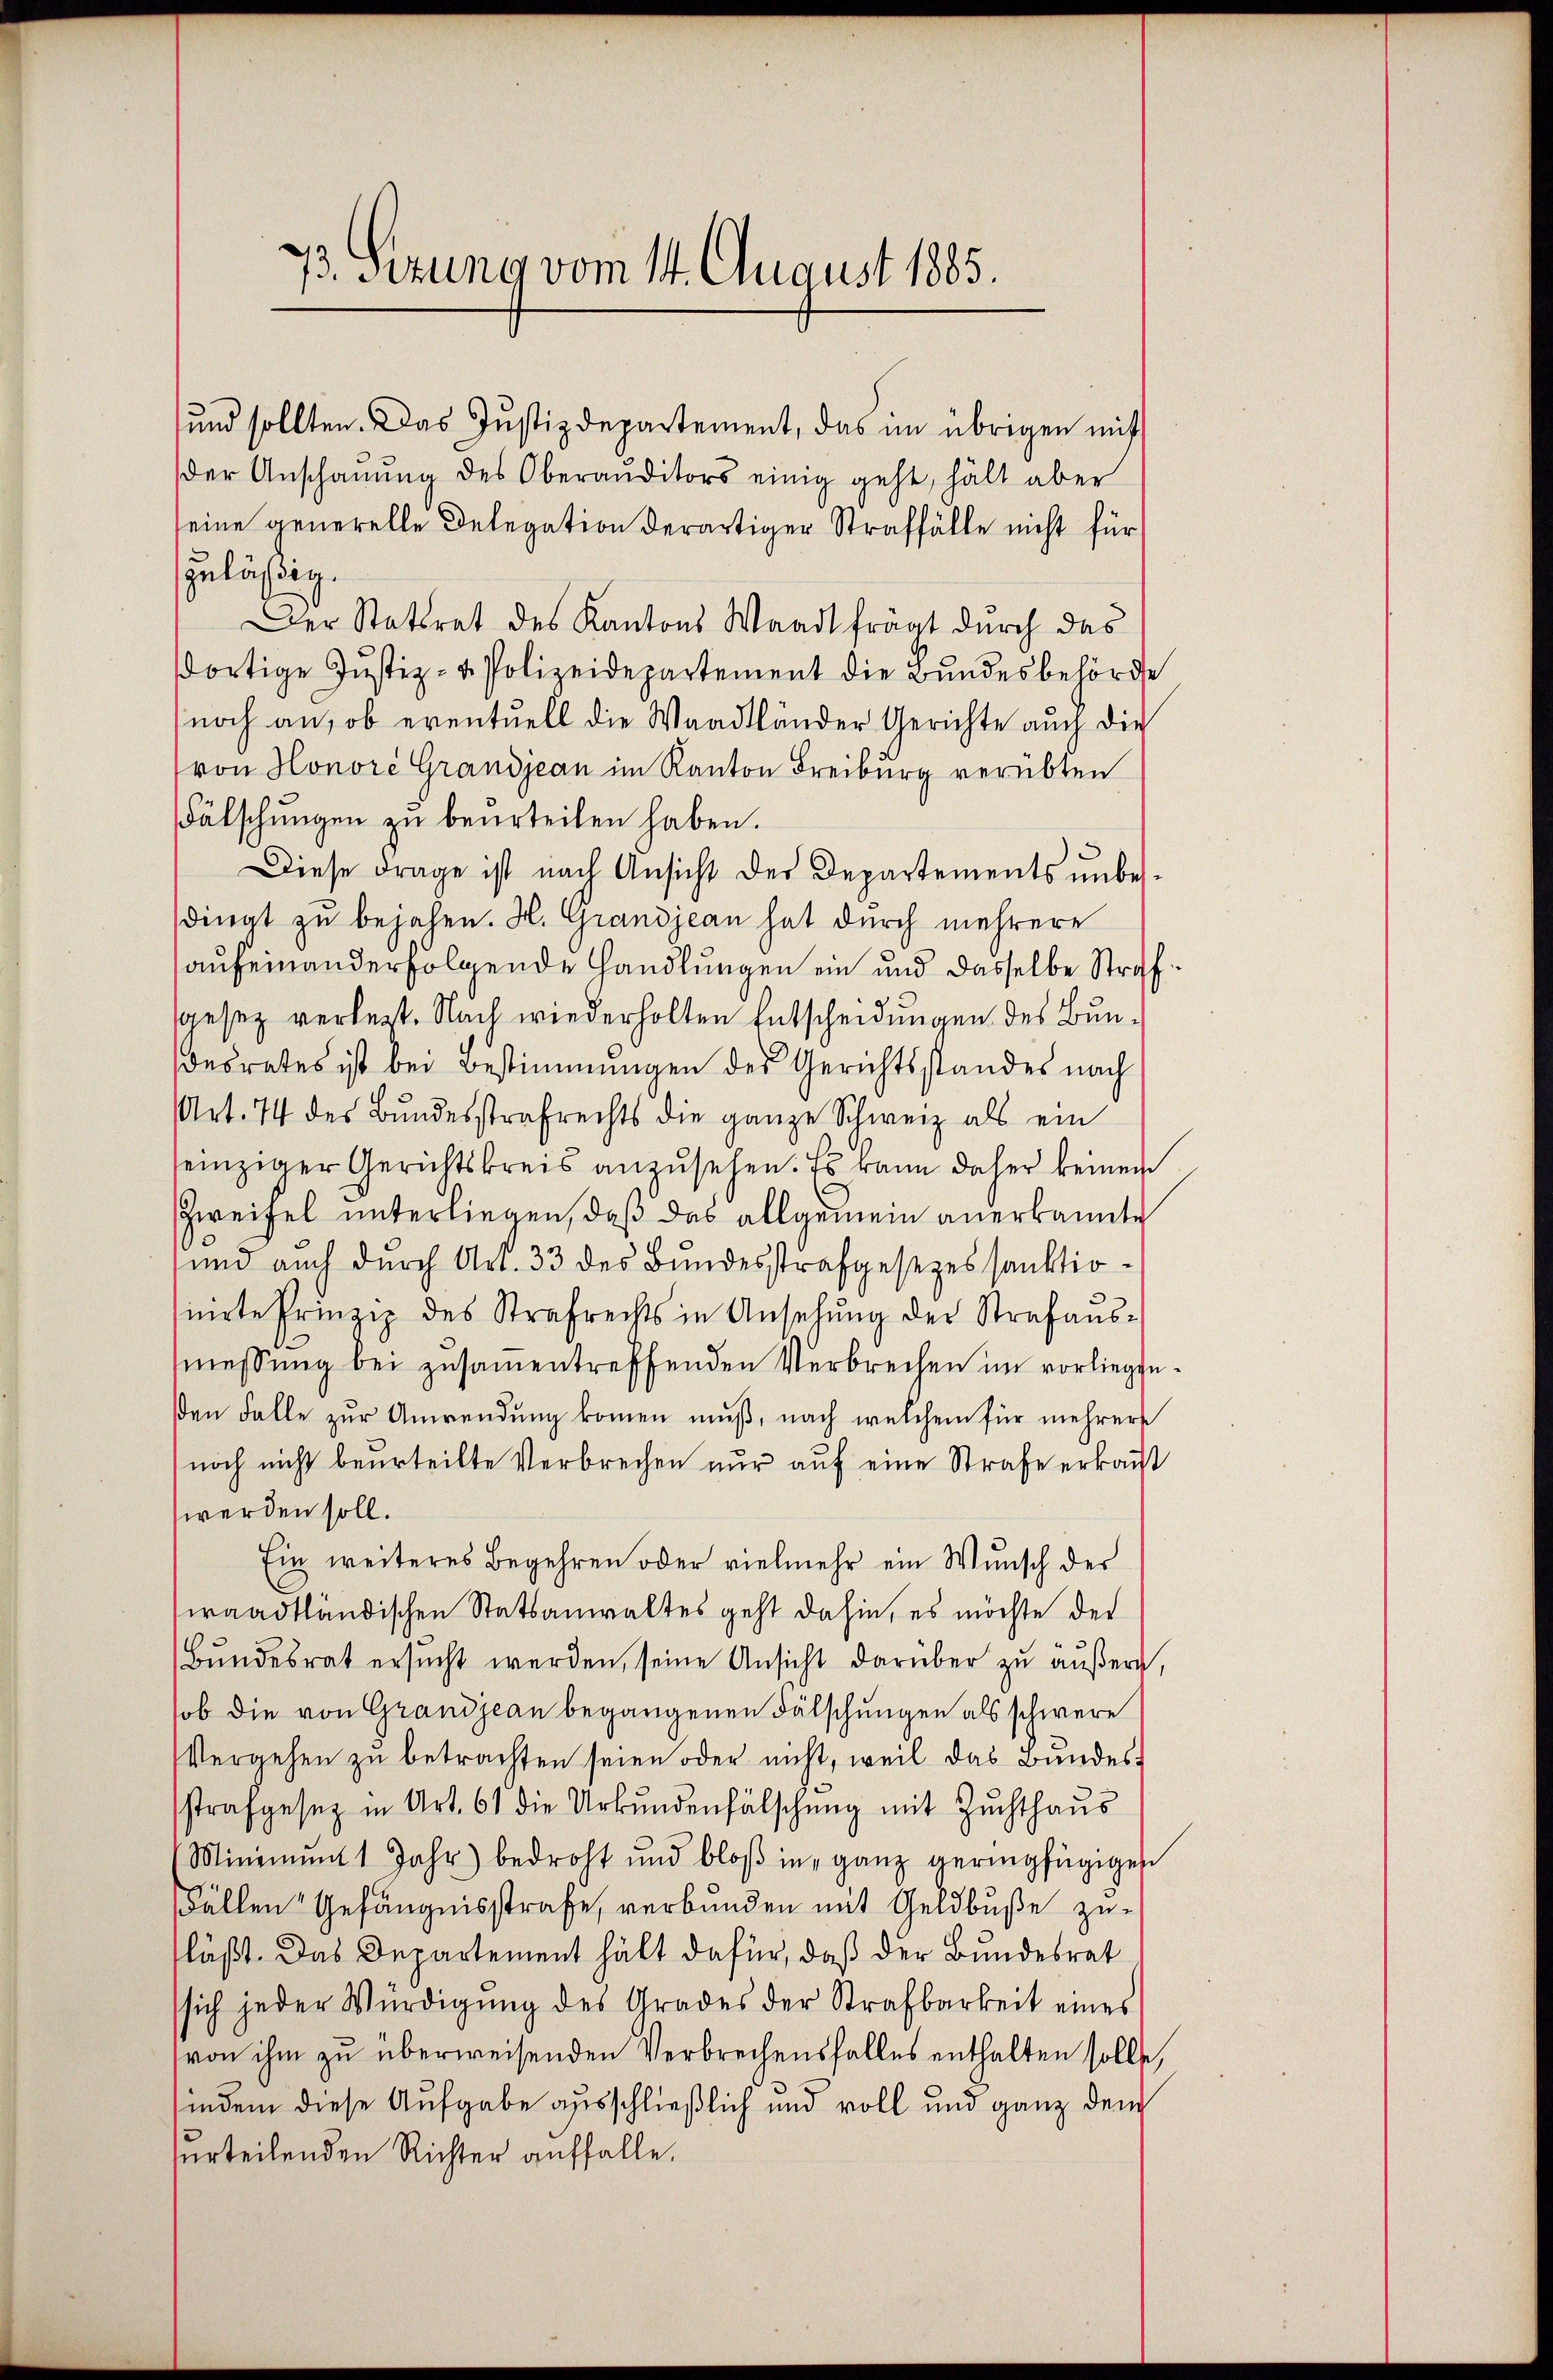
73. Sezung vom 14. August 1885.

und sollten. Das Justizdepartement, das im übrigen mit
der Anschauung des Oberaŭditors einig geht, hält aber
seine generelle Delegation derartiger Straffälle nicht für
zulässig.
Der Stattrat des Kantons Waadt frägt durch das
dortige Justiz- & Polizeidepartement die Bŭndesbehörde
noch an, ob eventuell die Waadtländer Gerichte auch die
von Honore Grandjean im Kanton Freiburg verübten
Fälschungen zu beurteilen haben.
Diese Frage ist nach Ansicht der Departements unbessdingt zu bejahen. H. Grandjean hat durch mehrere
aufeinanderfolgende Handlungen ein und dasselbe Strafgesetz verlegt. Nach wiederholten Entscheidungen des Bundesrates ist bei Bestimmungen des Gerichtsstandes nach
Art. 74 des Bŭndesstrafrechts die ganze Schweiz als ein
einziger Gerichtskreis anzusehen. Es kann daher keinen
Zweifel unterliegen, daß das allgemein anerkannte
und auch durch Art. 33 des Bundesstrafgesezessanktionirte Prinzip des Strafrechts in Ansehung der Strafaŭs-
messung bei zusammentreffenden Verbrechen im vorliegte.
en Falle zur Anwendung kommen muß, nach welchem für mehrere
noch nicht beurteilte Verbrechen nur auf eine Strafe erkauft
werden soll.
Ein weiteres Begehren oder vielmehr ein Wunsch der
swaadtländischen Statsanwaltes geht dahin, es möchte der
Bŭndesrat ersŭcht werden, seine Ansicht darüber zu äußern,
ob die von Grandjean begangenen Fälschungen als schwere
Vergehen zu betrachten seien oder nicht, weil das Bundessstrafgesetz in Art. 61 die Urkŭndenfälschŭng mit Zŭchthaŭs
Minimmt 1 Jahr) bedroht und bloβ in ganz geringfügigen
Fällen Gefängnisstrafe, verbunden mit Geldbuße zufläßt. Das Departement hält dafür, daß der Bundesrat
sich jeder Würdigŭng des Grades der Strafbarkeit eines
von ihm zu überweisenden Verbrechensfalles enthalten sollte,
findem diese Aufgabe ausschließlich und voll und ganz dem
surteilenden Richter auffalle.